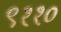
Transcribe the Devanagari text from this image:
९११०